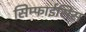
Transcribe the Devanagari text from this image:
सिम्फाईसिस